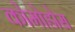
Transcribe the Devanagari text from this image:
कोमोडोस